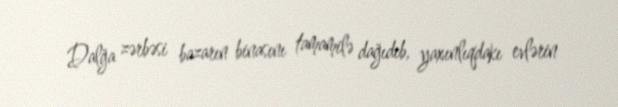
Dalğa zərbəsi bazarın binasını tamamilə dağıdıb, yaxınlıqdakı evlərin